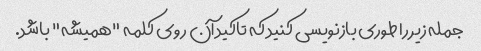
جمله زیر را طوری بازنویسی کنید که تاکید آن روی کلمه "همیشه" باشد.